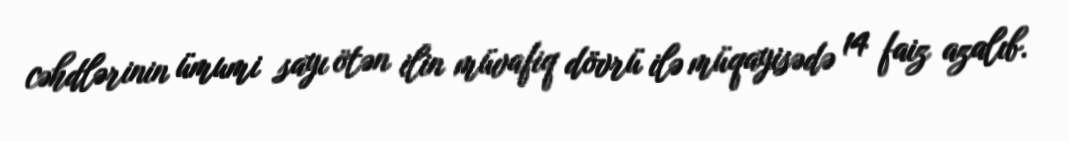
cəhdlərinin ümumi sayı ötən ilin müvafiq dövrü ilə müqayisədə 14 faiz azalıb.